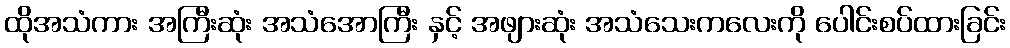
ထိုအသံကား အကြီးဆုံး အသံအောကြီး နှင့် အဖျားဆုံး အသံသေးကလေးကို ပေါင်းစပ်ထားခြင်း